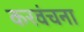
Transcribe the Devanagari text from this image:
करवंचना